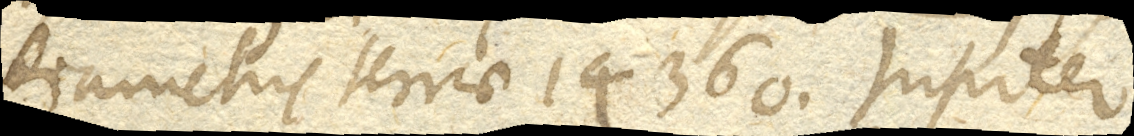
diametris terrae 14360. Jupiter